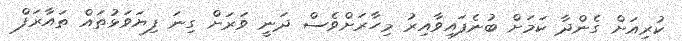
ކުރިއަށް ގެންދާ ކަމަށް ބުނެފައިވާއިރު މިހާރަށްވެސް ދަނީ ވަރަށް ގިނަ ފިޔަވަޅުތައް ތައާރަފް